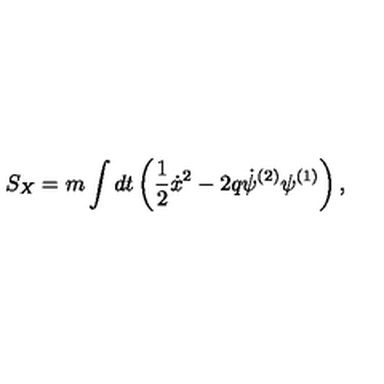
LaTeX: S _ { X } = m \int d t \left( \frac { 1 } { 2 } { \dot { x } ^ { 2 } } - 2 q \dot { \psi } ^ { ( 2 ) } \psi ^ { ( 1 ) } \right) ,